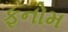
ફનોમ